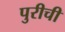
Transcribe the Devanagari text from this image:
पुरीची